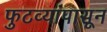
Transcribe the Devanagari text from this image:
फुटव्यांपासून